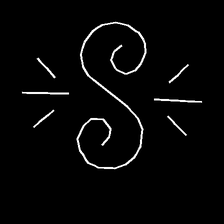
Glyph: wind-directs-air